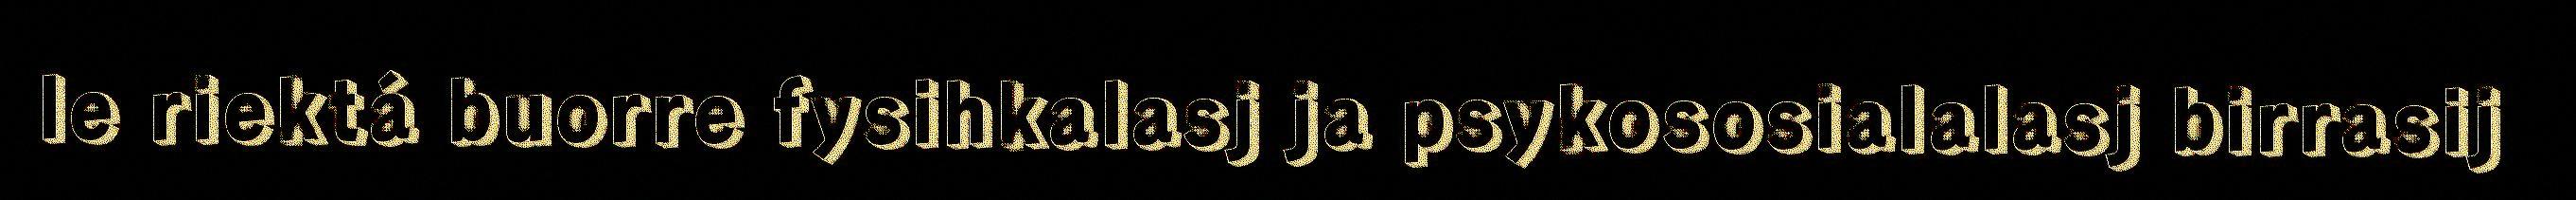
le riektá buorre fysihkalasj ja psykososialalasj birrasij